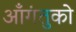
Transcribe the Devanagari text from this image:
आँगंतुको